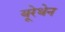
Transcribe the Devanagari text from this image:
यूरेथेन